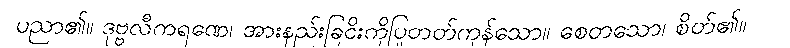
ပညာ၏။ ဒုဗ္ဗလီကရဏေ၊ အားနည်းခြငိးကိုပြုတတ်ကုန်သော။ စေတသော၊ စိတ်၏။